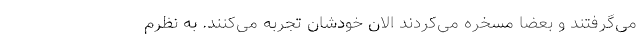
می‌گرفتند و بعضاً مسخره می‌کردند الان خودشان تجربه می‌کنند. به نظرم